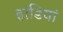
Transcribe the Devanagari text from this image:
हांडियां